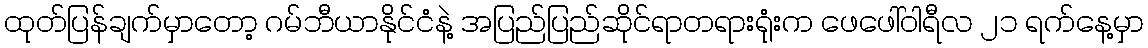
ထုတ်ပြန်ချက်မှာတော့ ဂမ်ဘီယာနိုင်ငံနဲ့ အပြည်ပြည်ဆိုင်ရာတရားရုံးက ဖေဖေါ်ဝါရီလ ၂၁ ရက်နေ့မှာ